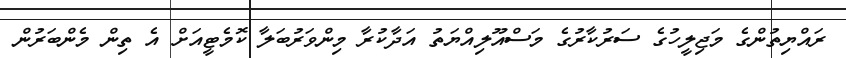
ރައްޔިތުންގެ މަޖިލީހުގެ ސަރުކާރުގެ މަސްއޫލިއްޔަތު އަދާކުރާ މިންވަރުބަލާ ކޮމެޓީއަށް އެ ތިން މެންބަރުން